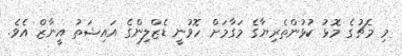
މި މެޗުގެ މޮޅު ކުޅުންތެރިޔާގެ މަގާމަށް ހޮވުނީ ޑެޒްލިންގެ އައިޝަތު އީނާޒް އެވެ.